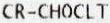
CR-CHOCLT